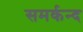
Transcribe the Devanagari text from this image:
समर्कन्द